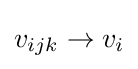
v_{ijk}\rightarrow v_{i}